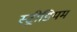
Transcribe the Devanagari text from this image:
स्ट्रीडियम